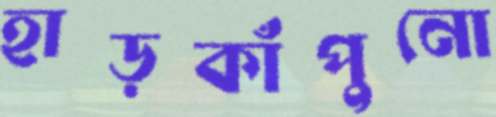
হাড়কাঁপুনো